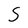
Character: S